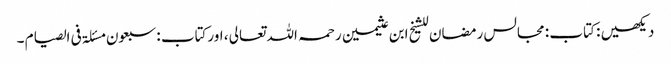
دیکھیں : کتاب : مجالس رمضان للشیخ ابن عثیمین رحمہ اللہ تعالی ، اورکتاب : سبعون مسئلۃ فی الصیام ۔